Indian journal of veterinary science and animal husbandry - Volumes 18-21, 1948-1951
Year: 1948
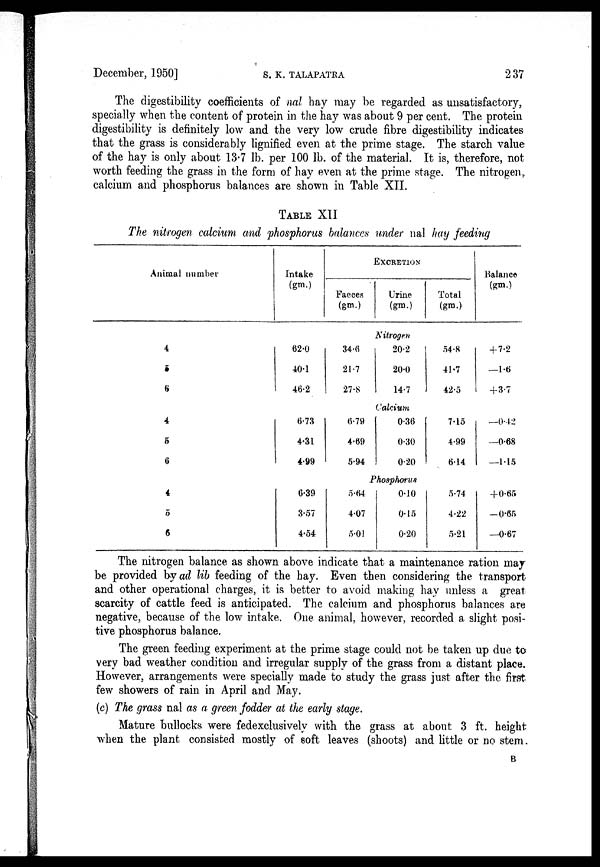
December, 1950]
S.
K.
TALAPATRA
237
The digestibility coefficients of nal hay may be regarded as unsatisfactory,
specially when the content of protein in the hay was about 9 per cent. The protein
digestibility is definitely low and the very low crude fibre digestibility indicates
that the grass is considerably lignified even at the prime stage. The starch value
of the hay is only about 13.7 lb. per 100 lb. of the material. It is, therefore, not
worth feeding the grass in the form of hay even at the prime stage. The nitrogen,
calcium and phosphorus balances are shown in Table XII.
TABLE XII
The nitrogen calcium and phosphorus balances under nal hay feeding
Animal number
Intake
(gm.)
EXCRETION
Faeces
(gm.)
Urine
(gm.)
Total
(gm.)
Balance
(gm.)
Nitrogen
4
5
6
62.0
40.1
46.2
34.6
21.7
27.8
20.2
20.0
14.7
54.8
41.7
42.5
+7.2
—1.6
+3.7
Calcium
4
5
6
6.73
4.31
4.99
6.79
4.69
5.94
0.36
0.30
0.20
7.15
4.99
6.14
—0.42
—0.68
—1.15
Phosphorus
4
5
6
6.39
3.57
4.54
5.64
4.07
5.01
0.10
0.15
0.20
5.74
4.22
5.21
+0.65
—0.65
—0.67
The nitrogen balance as shown above indicate that a maintenance ration may
be provided by ad lib feeding of the hay. Even then considering the transport
and other operational charges, it is better to avoid making hay unless a great
scarcity of cattle feed is anticipated. The calcium and phosphorus balances are
negative, because of the low intake. One animal, however, recorded a slight posi-
tive phosphorus balance.
The green feeding experiment at the prime stage could not be taken up due to
very bad weather condition and irregular supply of the grass from a distant place.
However, arrangements were specially made to study the grass just after the first
few showers of rain in April and May.
(c) The grass nal as a green fodder at the early stage.
Mature bullocks were fedexclusively with the grass at about 3 ft. height
when the plant consisted mostly of soft leaves (shoots) and little or no stem.
B